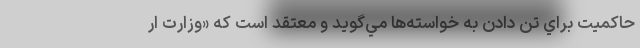
حاكميت براي تن دادن به خواسته‌ها مي‌گويد و معتقد است كه «وزارت ار